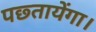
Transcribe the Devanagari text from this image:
पछ्तायेंगा।